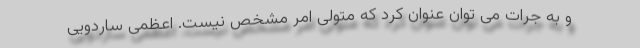
و به جرات می توان عنوان کرد که متولی امر مشخص نیست. اعظمی ساردویی